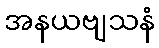
အနယဗျသနံ